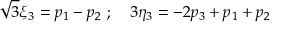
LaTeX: { \sqrt 3 } { \xi } _ { 3 } = p _ { 1 } - p _ { 2 } \ ; \quad 3 { \eta } _ { 3 } = - 2 p _ { 3 } + p _ { 1 } + p _ { 2 }